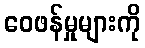
ဝေဖန်မှုများကို